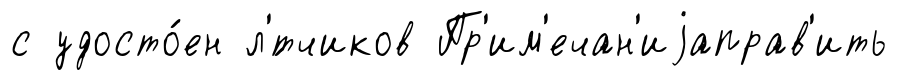
с удосто́ен л'́тчиков Пр'им'ечан'иjаправ'ить